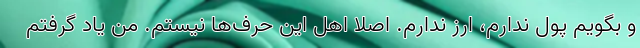
و بگویم پول ندارم، ارز ندارم. اصلا اهل این حرف‌ها نیستم. من یاد گرفتم